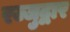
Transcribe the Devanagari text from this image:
रज्जुद्वार